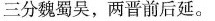
三分魏蜀吴，两晋前后延。